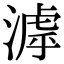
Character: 滹